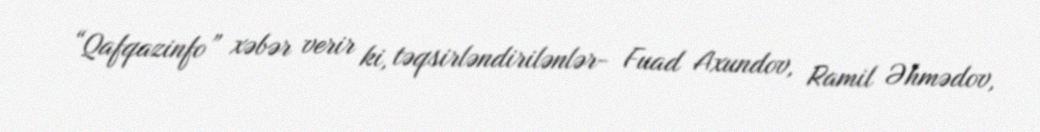
“Qafqazinfo” xəbər verir ki, təqsirləndirilənlər- Fuad Axundov, Ramil Əhmədov,